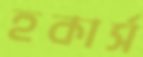
হকার্স